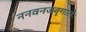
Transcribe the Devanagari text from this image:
ननवनजदृगालेः